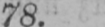
78.